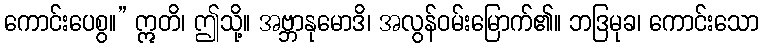
ကောင်းပေစွ။” ဣတိ၊ ဤသို့။ အဗ္ဘာနုမောဒိ၊ အလွန်ဝမ်းမြောက်၏။ ဘဒြမုခ၊ ကောင်းသော